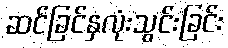
ဆင်ခြင်နှလုံးသွင်းခြင်း